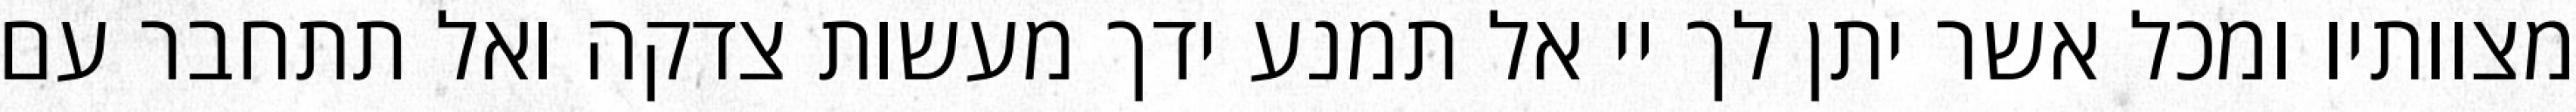
מצוותיו ומכל אשר יתן לך יי אל תמנע ידך מעשות צדקה ואל תתחבר עם